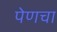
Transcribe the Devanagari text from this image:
पेणचा